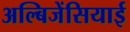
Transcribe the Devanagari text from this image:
अल्बिजेंसियाई